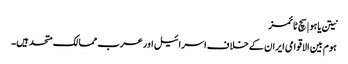
نیتن یاہو | سچ ٹائمز
ہوم بین الاقوامی ایران کے خلاف اسرائیل اور عرب ممالک متحد ہیں۔